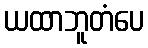
ယထာဘူတံပေ